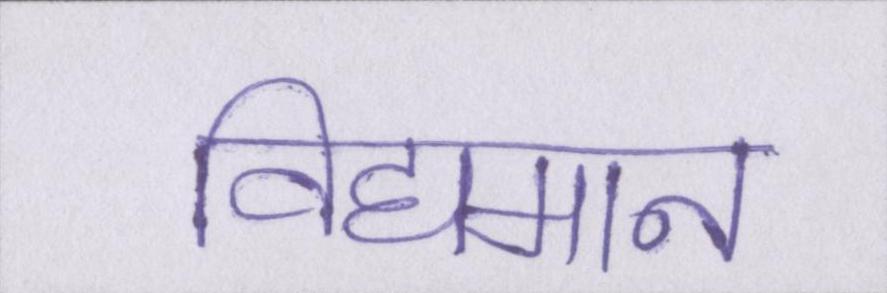
विद्यमान